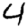
Digit: 4